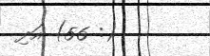
(: 56) އަދި